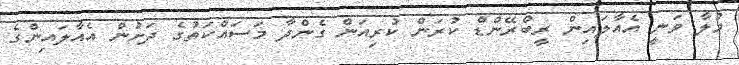
މުލާ ވަނީ އެއާލައިން ރީބްރޭންޑް ކުރަން ކުރިއަން ގެންދާ މަސައްކަތުގެ ދަށުން އެއާލައިންގެ